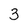
Character: 3